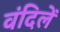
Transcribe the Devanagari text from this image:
वंदिलें